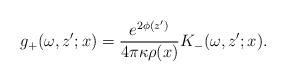
\begin{align*}g_+(\omega,z';x)=\frac{e^{2\phi(z')}}{4\pi\kappa\rho(x)}K_-(\omega,z';x).\end{align*}